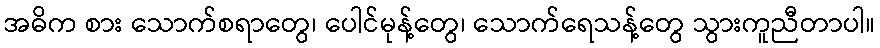
အဓိက စား သောက်စရာတွေ၊ ပေါင်မုန့်တွေ၊ သောက်ရေသန့်တွေ သွားကူညီတာပါ။